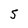
Character: 5